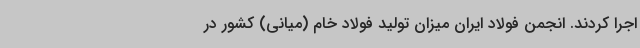
اجرا کردند. انجمن فولاد ایران میزان تولید فولاد خام (میانی) کشور در